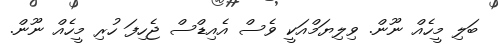
ބަލި މީހެއް ނޫން. ވިލިޔަމްއަކީ ވެސް އެއިޑްސް ޖެހިފަ ހުރި މީހެއް ނޫން.